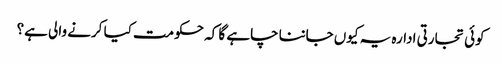
کوئی تجارتی ادارہ یہ کیوں جاننا چاہے گا کہ حکومت کیا کرنے والی ہے؟